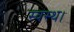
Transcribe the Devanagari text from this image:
स्वस्थ।